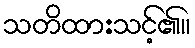
သတိထားသင့်၏။